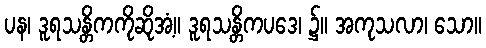
ပန၊ ဒူရသန္တိကကိုဆိုအံ့။ ဒူရသန္တိကပဒေ၊ ၌။ အကုသလာ၊ သော။